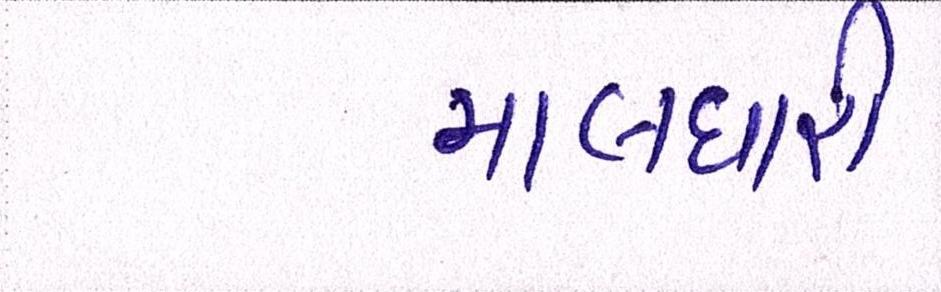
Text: માલધારી